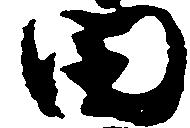
田